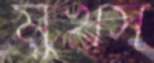
মুখস